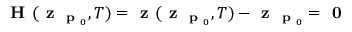
\textbf { H } ( \textbf { z } _ { \textbf { p } _ { 0 } } , T ) = \textbf { z } ( \textbf { z } _ { \textbf { p } _ { 0 } } , T ) - \textbf { z } _ { \textbf { p } _ { 0 } } = \textbf { 0 }